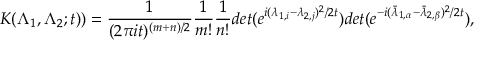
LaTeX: K ( \Lambda _ { 1 } , \Lambda _ { 2 } ; t ) ) = \frac { 1 } { ( 2 \pi i t ) ^ { ( m + n ) / 2 } } \frac { 1 } { m ! } \frac { 1 } { n ! } d e t ( e ^ { i ( \lambda _ { 1 , i } - \lambda _ { 2 , j } ) ^ { 2 } / 2 t } ) d e t ( e ^ { - i ( { \bar { \lambda } } _ { 1 , \alpha } - { \bar { \lambda } } _ { 2 , \beta } ) ^ { 2 } / 2 t } ) ,